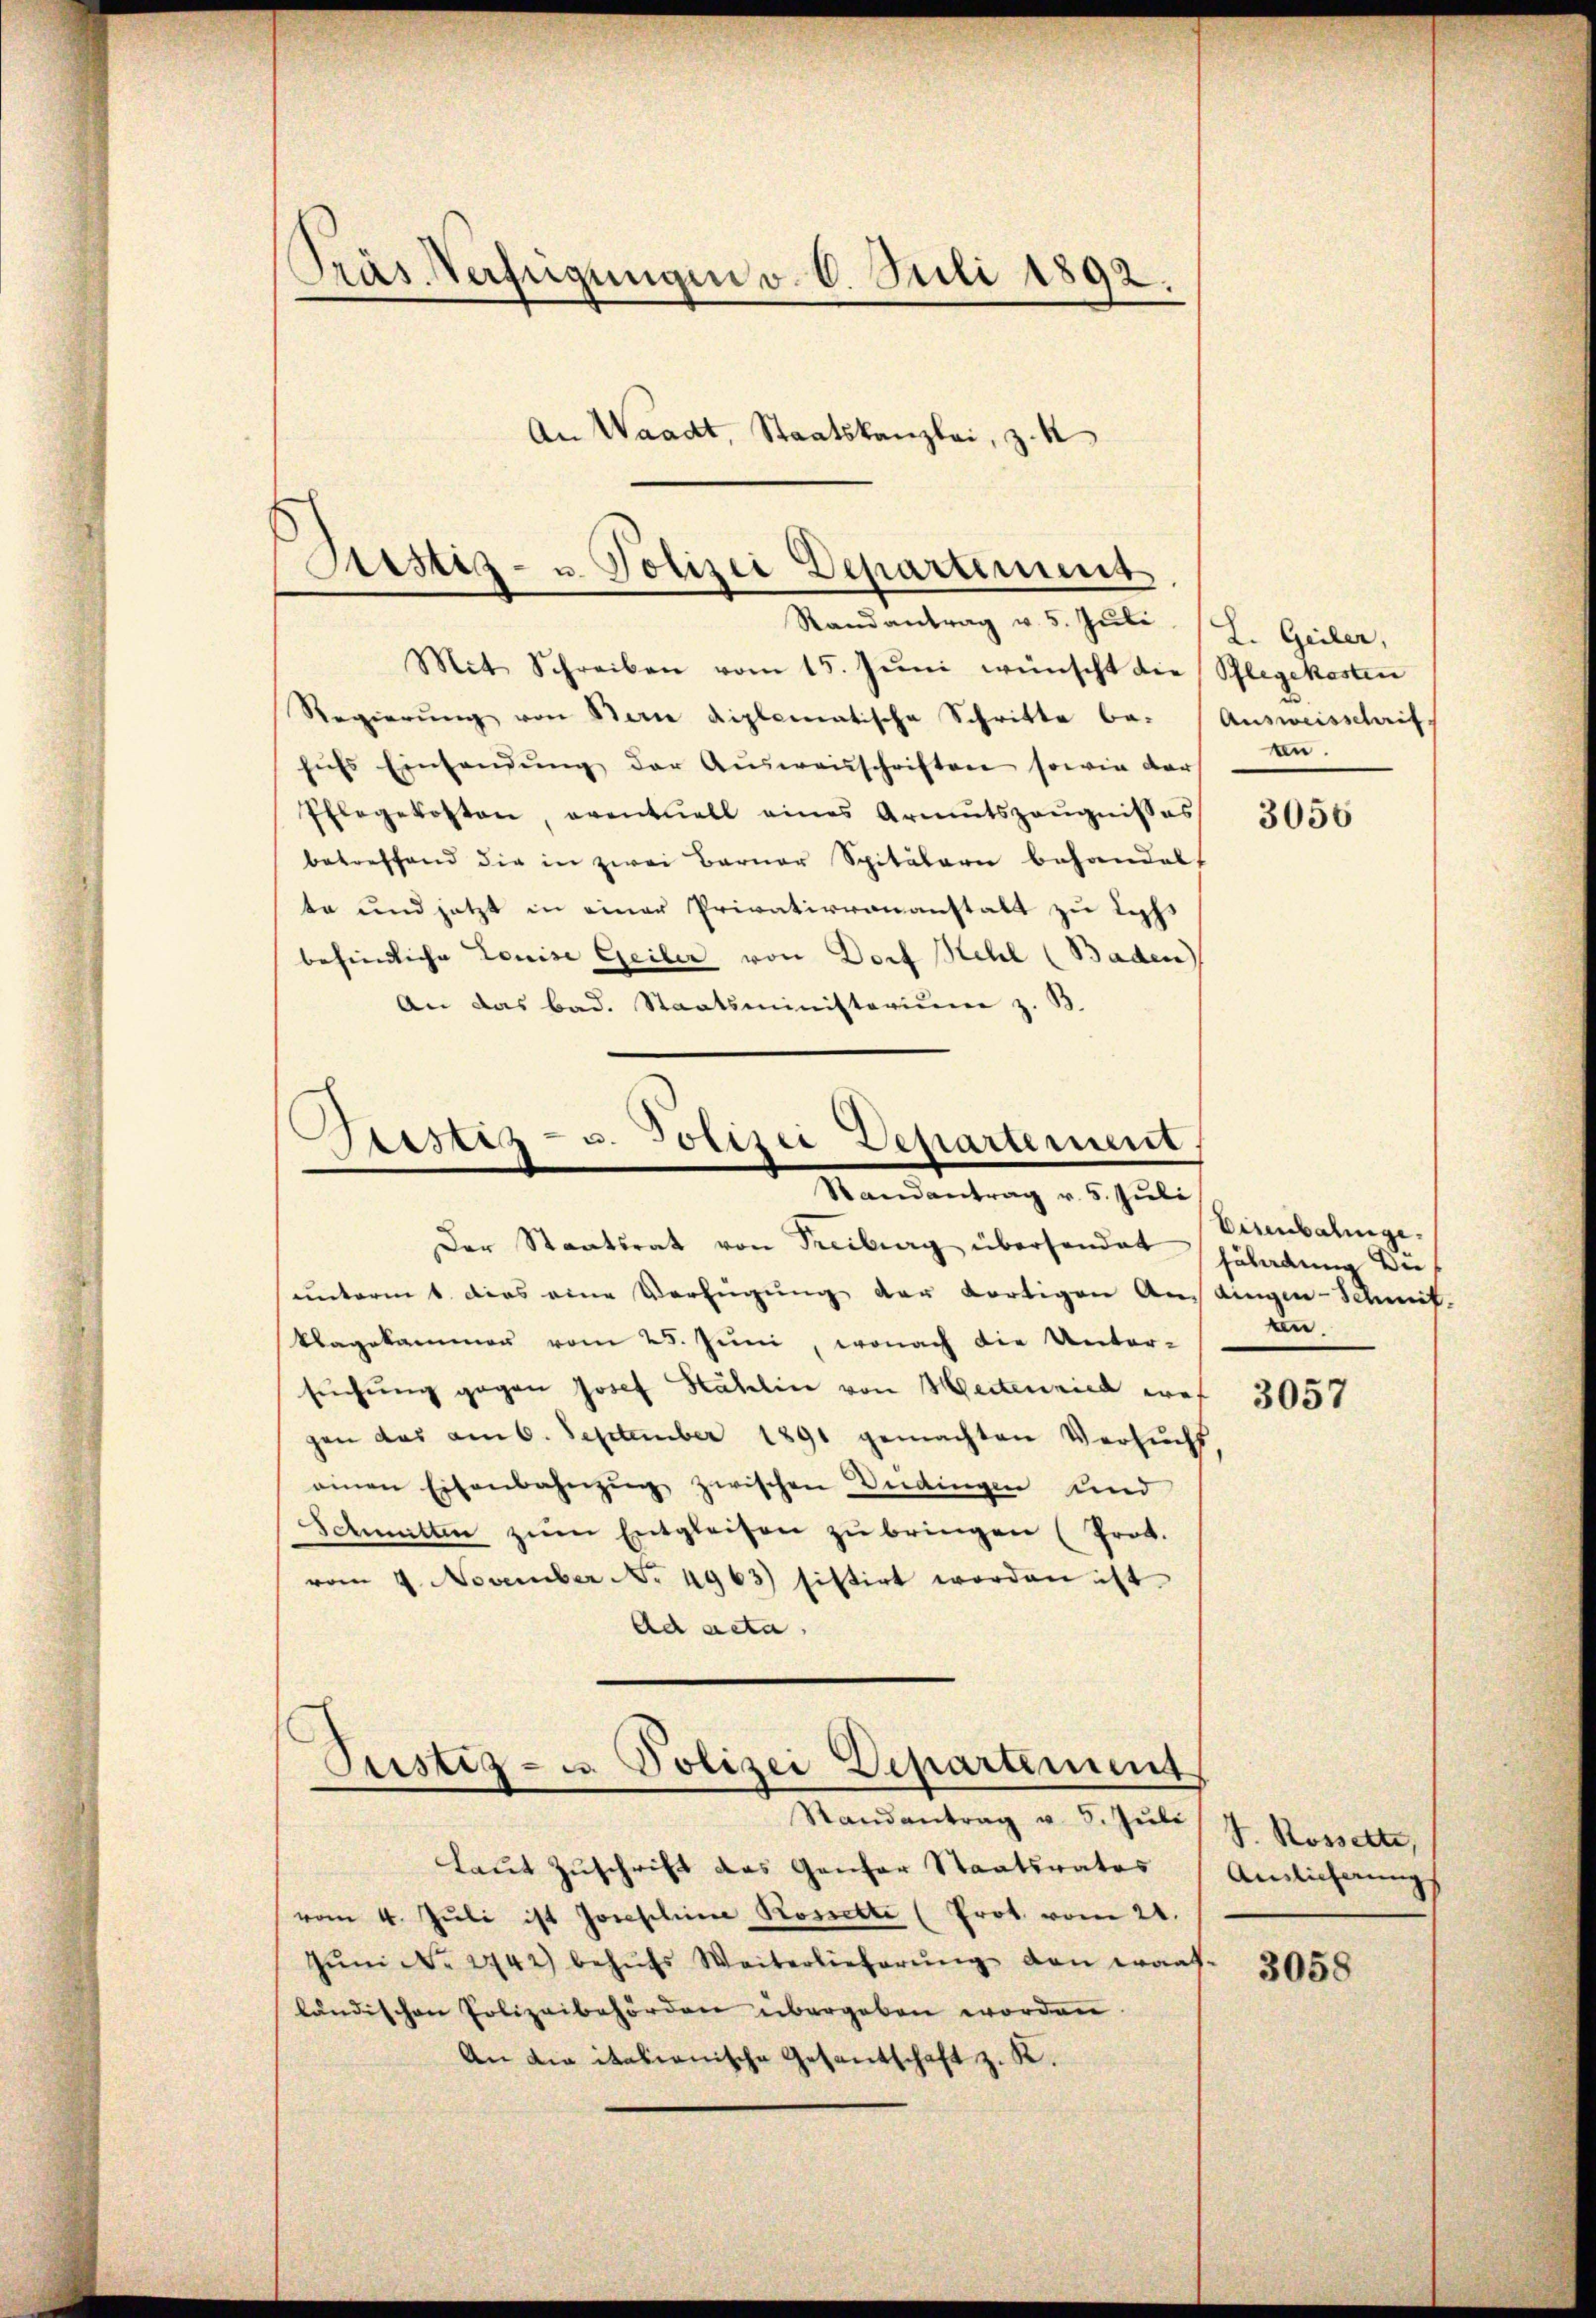
)
Pras. Verfügungen v. 6. Juli 1892.
An Waadt, Staatskanzlei, z. K

Justiz- u. Polizei Departement
Randantrag v. 5. Juli

Geistiz- u. Polizei Dehartement
Randantrag v. 5. Juli

Mit Schreiben vom 15. Jŭni wünscht die Pflegekosten
Regierŭng von Berne diplomatische Schritte be- Ausweisschrift
hŭfs Einsendŭng der Aŭsweisschriften sowie der
Pflegekosten, eventuell eines Armutszeŭgnisses
betreffend die in zwei Berner Spitälern behandelt
te und jetzt in einer Privativvonanstalt zu sechs
befindliche Louise Geiber von Dorf Kehl (Baden
An das bad. Staatsministerium z. B.

Pustiz- u. Polizei Departement
Randantrag v. 5. Juli

Laut Zuschrift das Genfer Staatsrates
vom 4. Jŭli ist Josephine Rossette (Prot. vom 21.
Jŭni N. 2742) behŭfs Weiterlieferŭng den waaf-
ländischen Polizeibehörden übergeben worden.
An die italienische Gesantschaft z. K.

L. Geiler,
an.

Der Staatsrat von Freiburg überhandet häladŭng der
unterm 1. dies eine Verfügung der dortigen Anstingen-Schmit-
klagekammen vom 25. Juni, wonach die Unter-
sŭchŭng gegen Josef Kählin von Seitenried wes 3054
gen das am 6. September 1891 gemachten Versuchs
einen Eisenbahnzug zwischen Indingen und
Schmitten zum Entgleiten zu bringen (Prot.
vom 9. November No. 4963) sistirt worden ist.
Ad acta,

3056

Visenbalinge.
n.

1
V. Rosselte,
Anslicherungs

3058